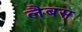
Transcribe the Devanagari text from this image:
लैबस